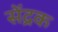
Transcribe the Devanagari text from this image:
सेंद्रक